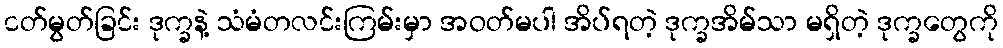
ငတ်မွတ်ခြင်း ဒုက္ခနဲ့ သံမံတလင်းကြမ်းမှာ အဝတ်မပါ အိပ်ရတဲ့ ဒုက္ခအိမ်သာ မရှိတဲ့ ဒုက္ခတွေကို